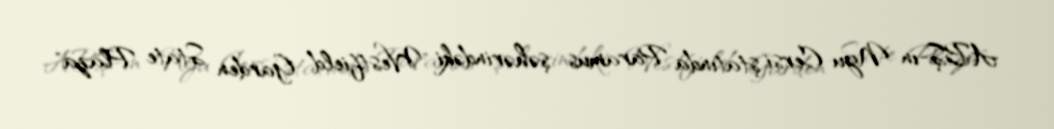
ABŞ-ın Nyu-Cersi ştatında Paramus şəhərindəki "Westfield Garden State Plaza"